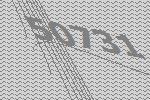
50731